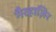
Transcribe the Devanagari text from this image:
गैरहाज़िर